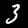
Digit: 3